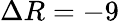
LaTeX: \Delta R=-9